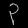
Digit: ၃